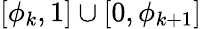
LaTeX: [\phi_{k},1]\cup[0,\phi_{k+1}]